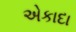
એકાદા